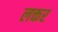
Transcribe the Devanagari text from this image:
लक्तर